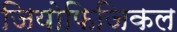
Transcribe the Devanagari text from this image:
जियोफिजिकल